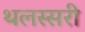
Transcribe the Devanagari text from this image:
थलस्सरी